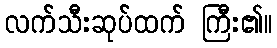
လက်သီးဆုပ်ထက် ကြီး၏။